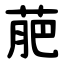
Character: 萉